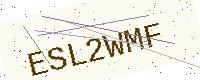
Text: ESL2WMF